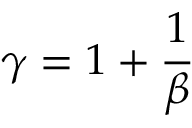
\gamma = 1 + \frac { 1 } { \beta }